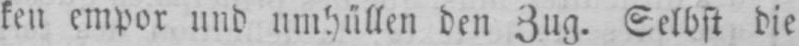
ken empor und umhüllen den Zug. Selbst die